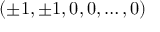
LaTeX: ( \pm 1 , \pm 1 , 0 , 0 , \dots , 0 )